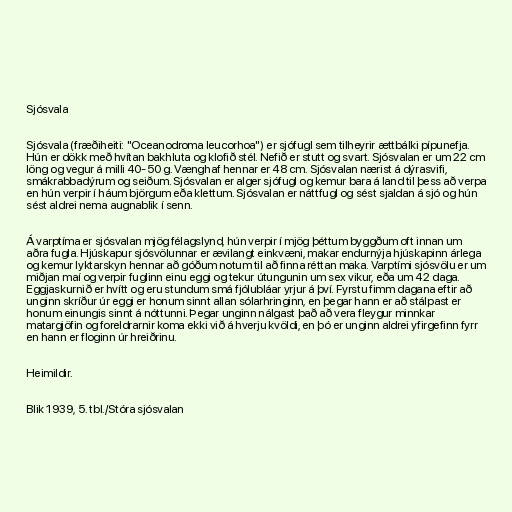
Sjósvala

Sjósvala (fræðiheiti: "Oceanodroma leucorhoa") er sjófugl sem tilheyrir ættbálki pípunefja.
Hún er dökk með hvítan bakhluta og klofið stél. Nefið er stutt og svart. Sjósvalan er um 22 cm
löng og vegur á milli 40-50 g. Vænghaf hennar er 48 cm. Sjósvalan nærist á dýrasvifi,
smákrabbadýrum og seiðum. Sjósvalan er alger sjófugl og kemur bara á land til þess að verpa
en hún verpir í háum björgum eða klettum. Sjósvalan er náttfugl og sést sjaldan á sjó og hún
sést aldrei nema augnablik í senn.

Á varptíma er sjósvalan mjög félagslynd, hún verpir í mjög þéttum byggðum oft innan um
aðra fugla. Hjúskapur sjósvölunnar er ævilangt einkvæni, makar endurnýja hjúskapinn árlega
og kemur lyktarskyn hennar að góðum notum til að finna réttan maka. Varptími sjósvölu er um
miðjan maí og verpir fuglinn einu eggi og tekur útungunin um sex vikur, eða um 42 daga.
Eggjaskurnið er hvítt og eru stundum smá fjólubláar yrjur á því. Fyrstu fimm dagana eftir að
unginn skríður úr eggi er honum sinnt allan sólarhringinn, en þegar hann er að stálpast er
honum einungis sinnt á nóttunni. Þegar unginn nálgast það að vera fleygur minnkar
matargjöfin og foreldrarnir koma ekki við á hverju kvöldi, en þó er unginn aldrei yfirgefinn fyrr
en hann er floginn úr hreiðrinu.

Heimildir.

Blik 1939, 5. tbl./Stóra sjósvalan